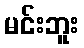
မင်းဘူး